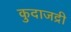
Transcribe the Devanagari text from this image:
कुदाजद्री